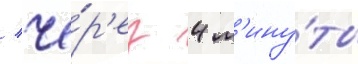
/ че́р'ез 4 м'ину́ты